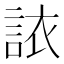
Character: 𫌻